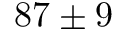
8 7 \pm 9